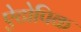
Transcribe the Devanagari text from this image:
ऐटोपिक